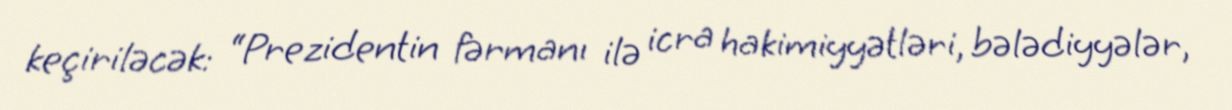
keçiriləcək: “Prezidentin fərmanı ilə icra hakimiyyətləri, bələdiyyələr,